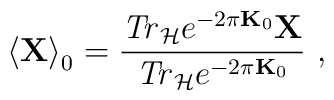
\left\langle {\bf X}\right\rangle _{0}=\frac{{\it Tr}_{{\cal H}}e^{-2\pi {\bf K}_{0}}{\bf X}}{{\it Tr}_{{\cal H}}e^{-2\pi {\bf K}_{0}}}\ ,